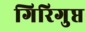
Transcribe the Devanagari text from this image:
गिरिगुप्त